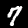
Digit: 7